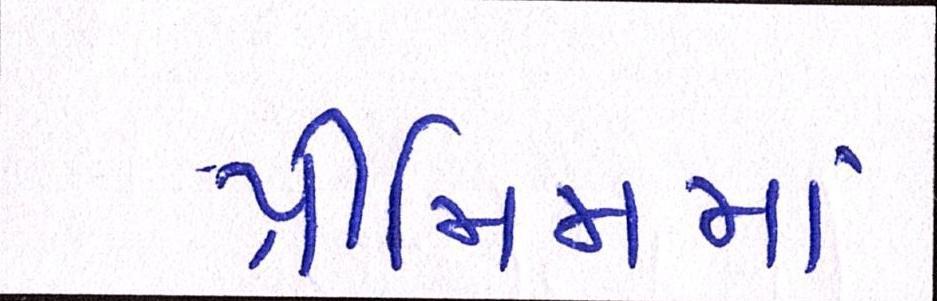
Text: પ્રીમિમમાં